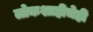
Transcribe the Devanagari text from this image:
लोकशाहीचेही